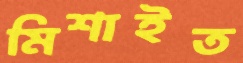
মিশাইত